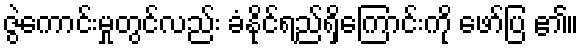
ဇွဲကောင်းမှုတွင်လည်း ခံနိုင်ရည်ရှိကြောင်းကို ဖော်ပြ ၏။